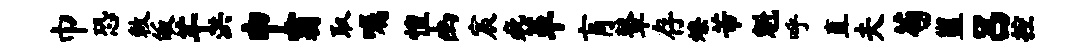
巾恐敕皈芊洪申霸取嘱惶幽宸疵革肓鼙存燎芾魁呼直夫苟盥吕控